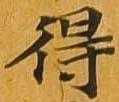
得